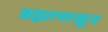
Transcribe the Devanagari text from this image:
ब्रह्मापासून